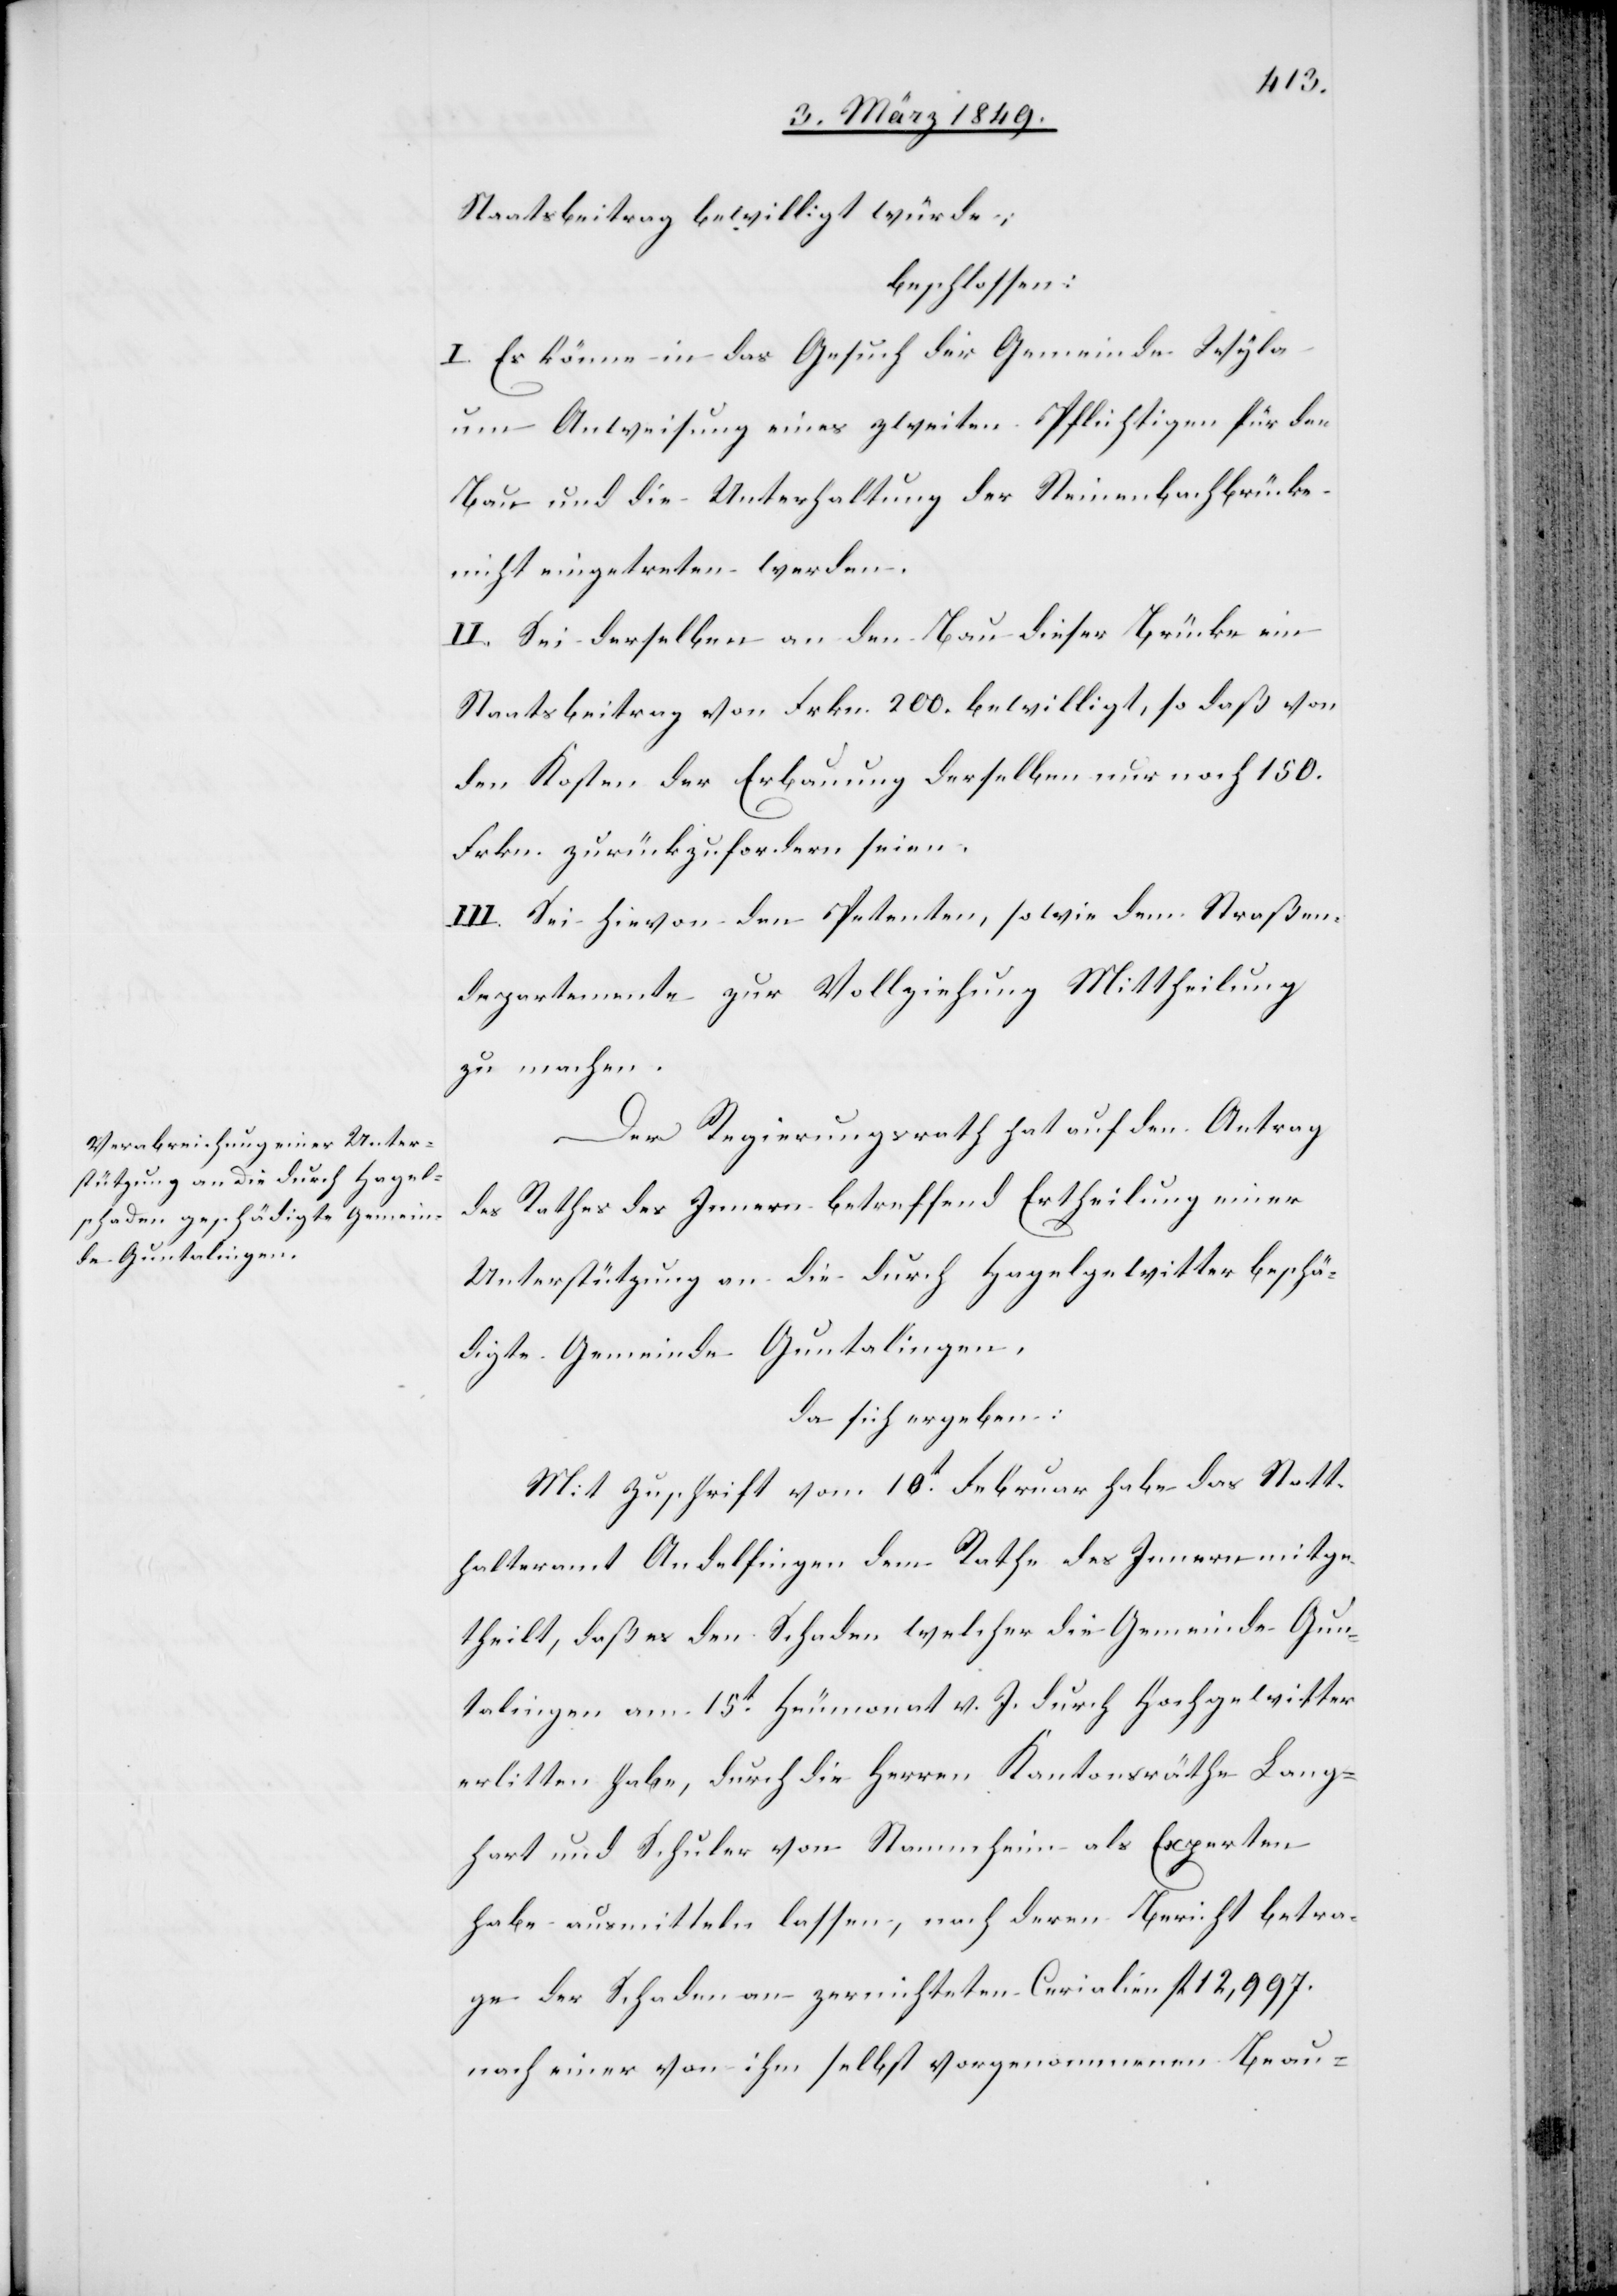
Staatsbeitrag bewilligt würde;
beschlossen:
I. Es könne in das Gesuch der Gemeinde Wyla
um Anweisung eines zweiten Pflichtigen für den
Bau und die Unterhaltung der Steinenbachbrücke
nicht eingetreten werden.
II. Sei derselben an den Bau dieser Brücke ein
Staatsbeitrag von Frkn. 200. bewilligt, so daß von
den Kosten der Erbauung derselben nur noch 150.
Frkn. zurückzufordern seien.
III. Sei hievon den Petenten, sowie dem Straßen¬
departemente zur Vollziehung Mittheilung
zu machen.
Der Regierungsrath hat auf den Antrag
des Rathes des Innern betreffend Ertheilung einer
Unterstützung an die durch Hagelgewitter bschä¬
digte Gemeinde Guntalingen;
da sich ergeben:
Mit Zuschrift vom 10t. Februar habe das Statt¬
halteramt Andelfingen dem Rathe des Innern mitge¬
theilt, daß es den Schaden welcher die Gemeinde Gun¬
talingen am 15t. Heumonat v. J. durch Hochgewitter
erlitten habe, durch die Herren Kantonsräthe Lang¬
hart und Schuler von Stammheim als Experten
habe ausmitteln lassen, nach deren Bericht betra¬
ge der Schaden an zernichteten Cerialien fl. 12,997.
nach einer von ihm selbst vorgenommenen Beau-